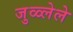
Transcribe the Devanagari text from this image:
जुळ्लेले